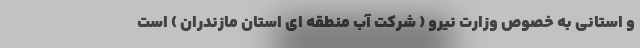
و استانی به خصوص وزارت نیرو ( شرکت آب منطقه ای استان مازندران ) است